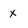
Character: x